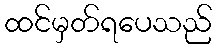
ထင်မှတ်ရပေသည်